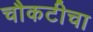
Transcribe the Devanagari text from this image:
चौकटीचा